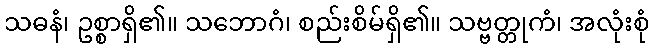
သဓနံ၊ ဥစ္စာရှိ၏။ သဘောဂံ၊ စည်းစိမ်ရှိ၏။ သဗ္ဗတ္တုကံ၊ အလုံးစုံ